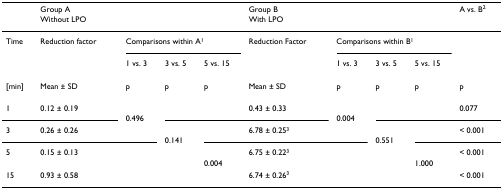
<table><thead><tr><td>[EMPTY_CELL]</td><td colspan="4"><b>Group A</b></td><td colspan="4"><b>Group B</b></td><td><b>A vs. B<sup>2</sup></b></td></tr><tr><td>[EMPTY_CELL]</td><td colspan="4"><b>Without LPO</b></td><td colspan="4"><b>With LPO</b></td><td>[EMPTY_CELL]</td></tr></thead><tbody><tr><td>Time</td><td>Reduction factor</td><td colspan="3">Comparisons within A<sup>1</sup></td><td>Reduction Factor</td><td colspan="3">Comparisons within B<sup>1</sup></td><td>[EMPTY_CELL]</td></tr><tr><td>[EMPTY_CELL]</td><td>[EMPTY_CELL]</td><td>1 vs. 3</td><td>3 vs. 5</td><td>5 vs. 15</td><td>[EMPTY_CELL]</td><td>1 vs. 3</td><td>3 vs. 5</td><td>5 vs. 15</td><td>[EMPTY_CELL]</td></tr><tr><td>[min]</td><td>Mean ± SD</td><td>p</td><td>p</td><td>p</td><td>Mean ± SD</td><td>p</td><td>p</td><td>p</td><td>p</td></tr><tr><td>1</td><td>0.12 ± 0.19</td><td>[EMPTY_CELL]</td><td>[EMPTY_CELL]</td><td>[EMPTY_CELL]</td><td>0.43 ± 0.33</td><td>[EMPTY_CELL]</td><td>[EMPTY_CELL]</td><td>[EMPTY_CELL]</td><td>0.077</td></tr><tr><td colspan="2">[EMPTY_CELL]</td><td>0.496</td><td colspan="3">[EMPTY_CELL]</td><td>0.004</td><td colspan="3">[EMPTY_CELL]</td></tr><tr><td>3</td><td>0.26 ± 0.26</td><td>[EMPTY_CELL]</td><td>[EMPTY_CELL]</td><td>[EMPTY_CELL]</td><td>6.78 ± 0.25<sup>3</sup></td><td>[EMPTY_CELL]</td><td>[EMPTY_CELL]</td><td>[EMPTY_CELL]</td><td>&lt; 0.001</td></tr><tr><td colspan="3">[EMPTY_CELL]</td><td>0.141</td><td colspan="3">[EMPTY_CELL]</td><td>0.551</td><td colspan="2">[EMPTY_CELL]</td></tr><tr><td>5</td><td>0.15 ± 0.13</td><td>[EMPTY_CELL]</td><td>[EMPTY_CELL]</td><td>[EMPTY_CELL]</td><td>6.75 ± 0.22<sup>3</sup></td><td>[EMPTY_CELL]</td><td>[EMPTY_CELL]</td><td>[EMPTY_CELL]</td><td>&lt; 0.001</td></tr><tr><td colspan="4">[EMPTY_CELL]</td><td>0.004</td><td colspan="3">[EMPTY_CELL]</td><td>1.000</td><td>[EMPTY_CELL]</td></tr><tr><td>15</td><td>0.93 ± 0.58</td><td>[EMPTY_CELL]</td><td>[EMPTY_CELL]</td><td>[EMPTY_CELL]</td><td>6.74 ± 0.26<sup>3</sup></td><td>[EMPTY_CELL]</td><td>[EMPTY_CELL]</td><td>[EMPTY_CELL]</td><td>&lt; 0.001</td></tr></tbody></table>